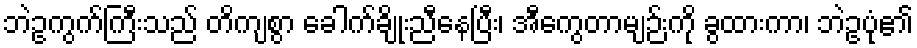
ဘဲဥကွက်ကြီးသည် တိကျစွာ ခေါက်ချိုးညီနေပြီး၊ အီကွေတာမျဉ်းကို ခွထားကာ၊ ဘဲဥပုံ၏